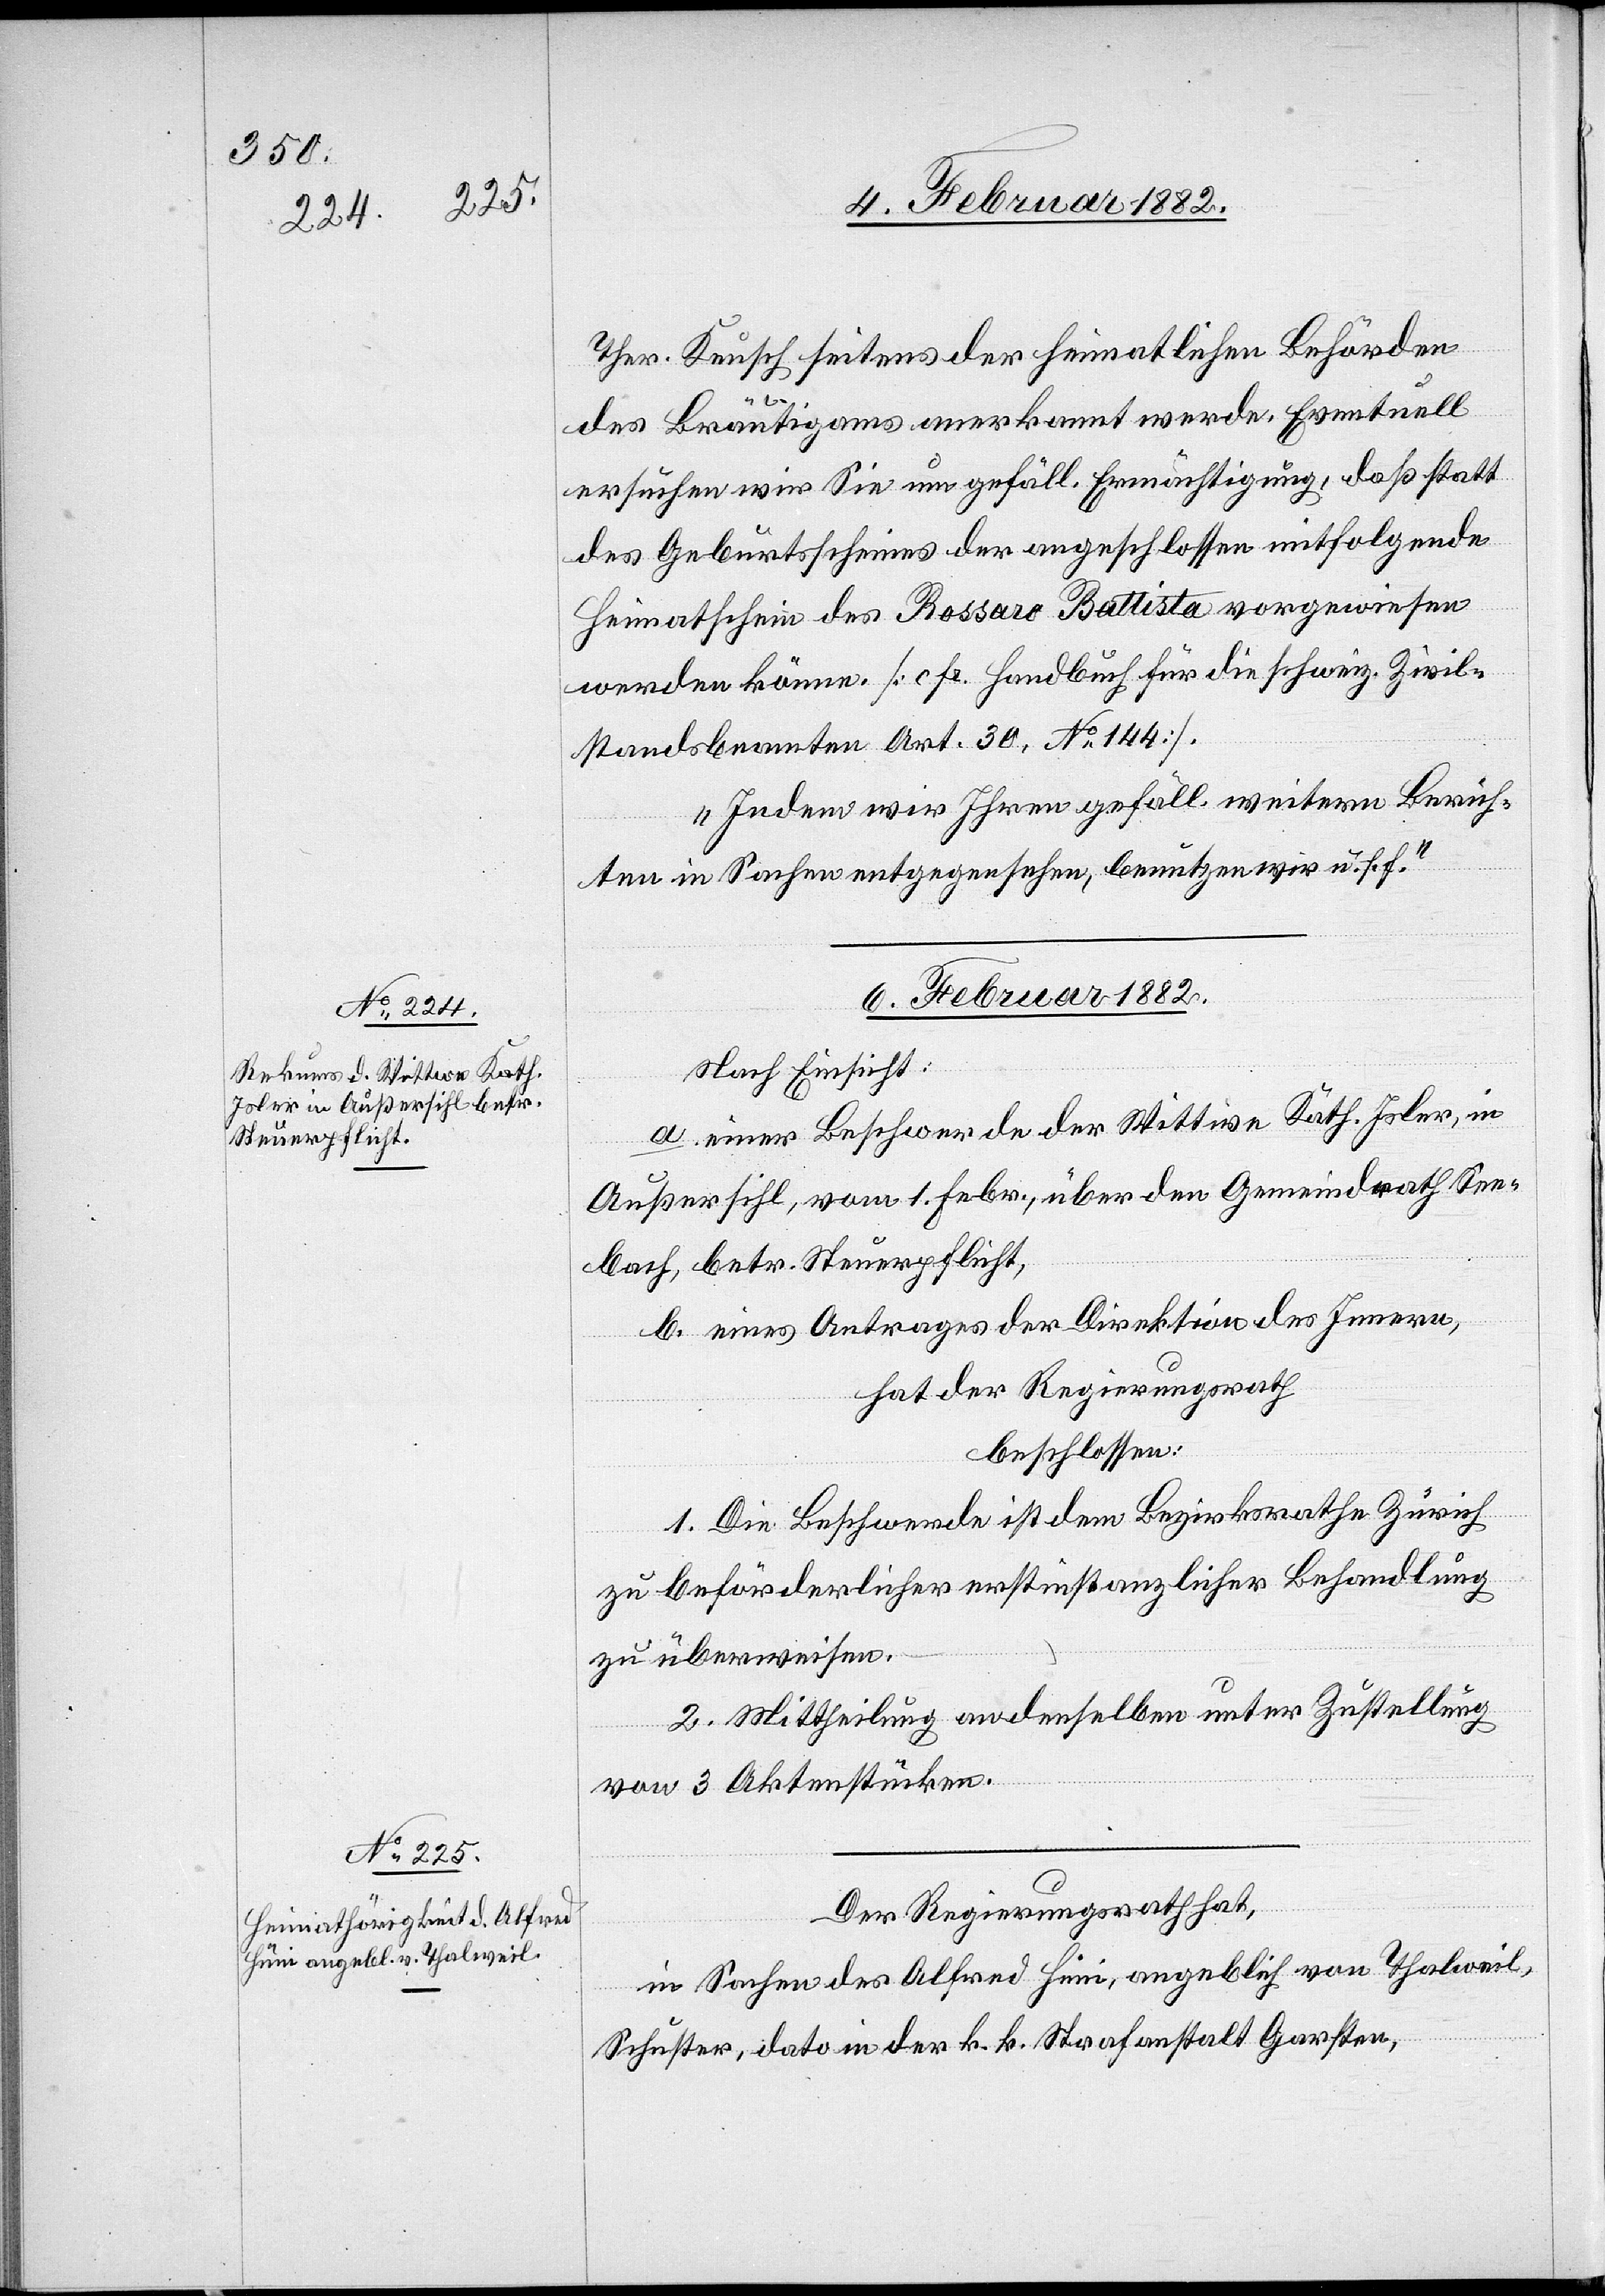
6. Februar 1882]
Ther. Keusch seitens der heimatlichen Behörde
des Bräutigams anerkannt werde. Eventuell
ersuchen wir Sie um gefäll. Ermächtigung, daß statt
des Geburtsscheines der angeschlossene mitfolgende
Heimatschein des Rossaro Battista vorgewiesen
werden könne. [c fc. Handbuch für die schweiz. Zivil¬
standsbeamten Art. 30, No 144].
Indem wir Ihren gefäll. weiteren Berich¬
ten in Sachen entgegensehen, benutzen wir u. s. f.“
6. Februar 1882
Nach Einsicht:
a. einer Beschwerde der Wittwe Kath. Isler, in
Außersihl, vom 1. Febr. über den Gemeindrath See¬
bach, betr. Steuerpflicht,
b. eines Antrages der Direktion des Innern,
hat der Regierungsrath
beschlossen:
1.Die Beschwerde ist dem Bezirksrathe Zürich
zu beförderlicher erstinstanzlicher Behandlung
zu überweisen.
2. Mittheilung an denselben unter Zustellung
von 3 Aktenstücken.
Der Regierungsrath hat,
in Sachen des Alfred Hüni, angeblich von Thalweil,
Schuster, dato in der k. k. Strafanstalt Garsten,